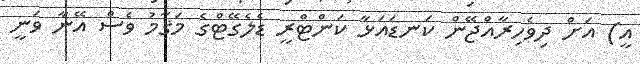
އީ) އަށް ދިވެހިރާއްޖޭން ކަނޑައަޅާ ކަންޓްރީ ޑެލެގޭޓްގެ މަޤާމު ވެސް އޭނާ ވަނީ